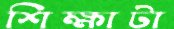
শিক্ষাটা